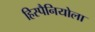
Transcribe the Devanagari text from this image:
हिस्पैनियोला